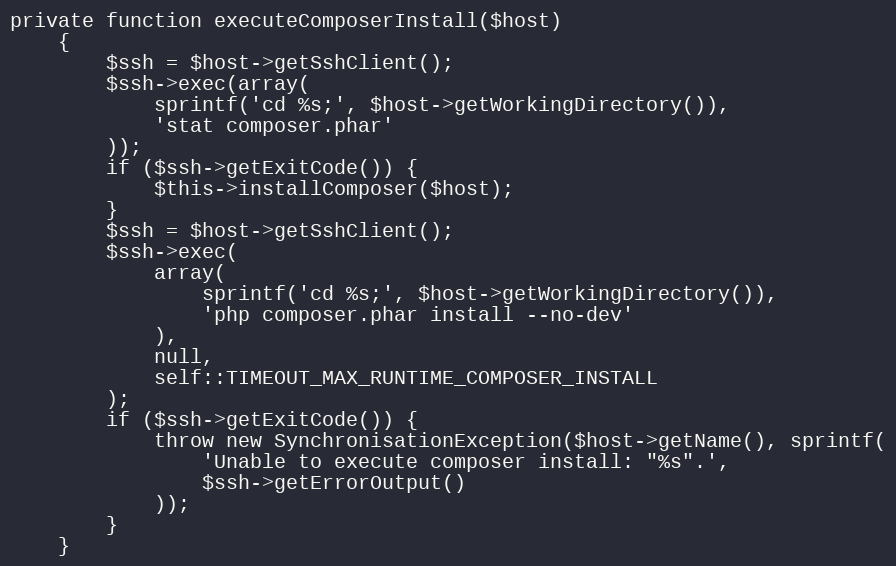
Language: PHP
private function executeComposerInstall($host)
    {
        $ssh = $host->getSshClient();
        $ssh->exec(array(
            sprintf('cd %s;', $host->getWorkingDirectory()),
            'stat composer.phar'
        ));
        if ($ssh->getExitCode()) {
            $this->installComposer($host);
        }
        $ssh = $host->getSshClient();
        $ssh->exec(
            array(
                sprintf('cd %s;', $host->getWorkingDirectory()),
                'php composer.phar install --no-dev'
            ),
            null,
            self::TIMEOUT_MAX_RUNTIME_COMPOSER_INSTALL
        );
        if ($ssh->getExitCode()) {
            throw new SynchronisationException($host->getName(), sprintf(
                'Unable to execute composer install: "%s".',
                $ssh->getErrorOutput()
            ));
        }
    }